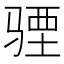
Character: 𩧾